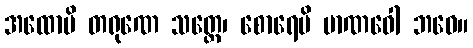
အထောပိ တရုဏေ သတ္တေ၊ စောရေပိ မာဏဝေါ ဘဝေ။